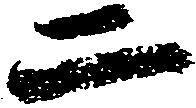
二